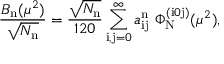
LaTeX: \frac { B _ { \mathrm { n } } ( \mu ^ { 2 } ) } { \sqrt { N _ { \mathrm { n } } } } = \frac { \sqrt { N _ { \mathrm { n } } } } { 1 2 0 } \sum _ { \mathrm { i , j } = 0 } ^ { \infty } a _ { \mathrm { i j } } ^ { \mathrm { n } } \ \Phi _ { \mathrm { N } } ^ { ( \mathrm { i } 0 \mathrm { j } ) } ( \mu ^ { 2 } ) ,